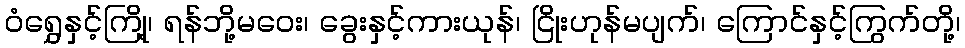
ဝံရွှေနှင့်ကြို့၊ ရန်ဘို့မဝေး၊ ခွေးနှင့်ကားယုန်၊ ငြိုးဟုန်မပျက်၊ ကြောင်နှင့်ကြွက်တို့၊